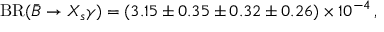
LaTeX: \mathrm { B R } ( \bar { B } \to X _ { s } \gamma ) = ( 3 . 1 5 \pm 0 . 3 5 \pm 0 . 3 2 \pm 0 . 2 6 ) \times 1 0 ^ { - 4 } \, ,